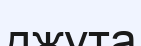
джута